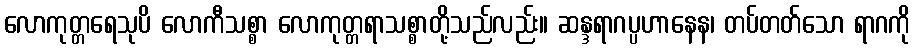
လောကုတ္တရေသုပိ လောကီသစ္စာ လောကုတ္တရာသစ္စာတို့သည်လည်း။ ဆန္ဒရာဂပ္ပဟာနေန၊ တပ်တတ်သော ရာဂကို